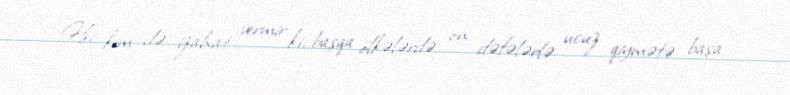
Heç kim də izahat vermir ki, başqa ölkələrdə on dəfələrlə ucuz qiymətə başa